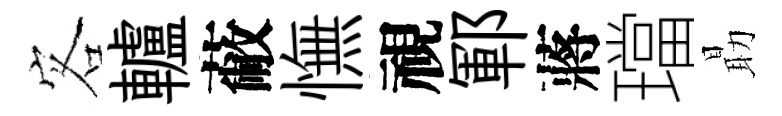
客轤蔽憮視鄆蔣璫朂